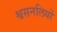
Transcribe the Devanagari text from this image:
श्वसनलियों